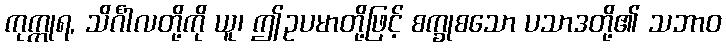
ကုက္ကုရ, သိင်္ဂါလတို့ကို ယူ၊ ဤဥပမာတို့ဖြင့် စက္ခုစသော ပသာဒတို့၏ သဘာဝ